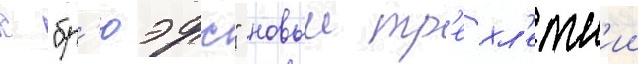
с "бр'юэрс" новыи тр'ехл'етн'ии